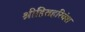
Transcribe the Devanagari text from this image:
श्रीहितहरिवंश